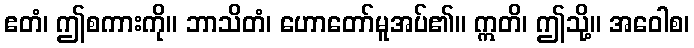
ဧတံ၊ ဤစကားကို။ ဘာသိတံ၊ ဟောတော်မူအပ်၏။ ဣတိ၊ ဤသို့။ အဝေါစ၊